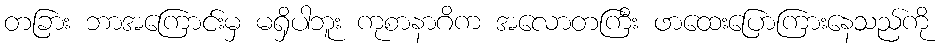
တခြား ဘာအကြောင်းမှ မရှိပါဘူး ကုစာနာဂိက အလောတကြီး ဖာထေးပြောကြားနေသည်ကို